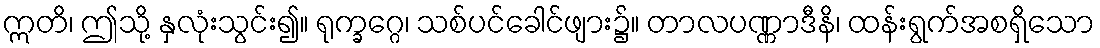
ဣတိ၊ ဤသို့ နှလုံးသွင်း၍။ ရုက္ခဂ္ဂေ၊ သစ်ပင်ခေါင်ဖျား၌။ တာလပဏ္ဏာဒီနိ၊ ထန်းရွက်အစရှိသော